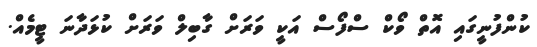
ކުންފުނީގައި އޮތް ވޯކް ސްފޯސް އަކީ ވަރަށް ގާބިލް ވަރަށް ކުޅަދާނަ ޓީމެއް.